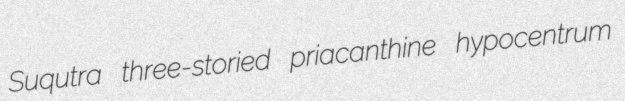
Suqutra three-storied priacanthine hypocentrum